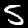
Digit: 5